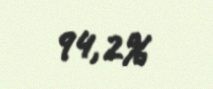
94,2%